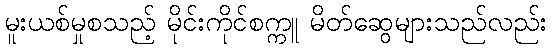
မူးယစ်မှုစသည့် မိုင်းကိုင်စက္ကူ မိတ်ဆွေများသည်လည်း